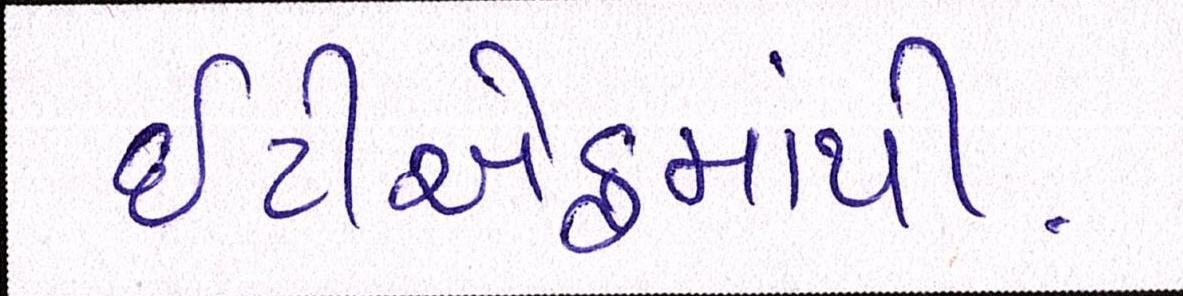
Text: ઇટીએફમાંથી